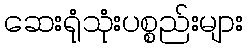
ဆေးရုံသုံးပစ္စည်းများ